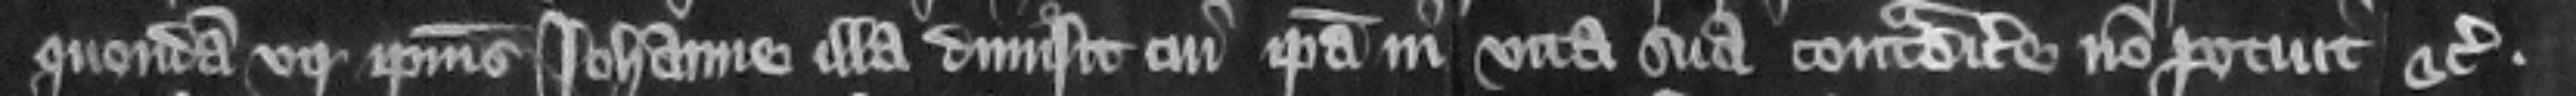
quondam vir ipsius Iohanne illa dimisit cui ipsa in vita sua contradicere non potuit etc.